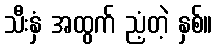
သီးနှံ အထွက် ညံ့တဲ့ နှစ်။